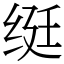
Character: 𬘩